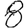
Digit: 8